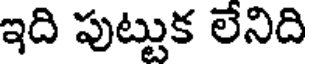
ఇది పుట్టుక లేనిది